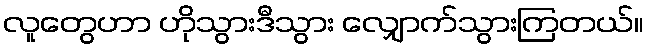
လူတွေဟာ ဟိုသွားဒီသွား လျှောက်သွားကြတယ်။